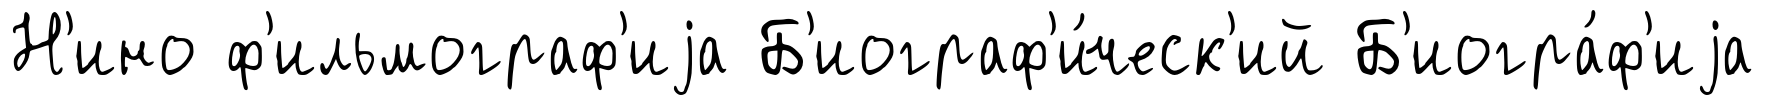
Н'ино ф'ильмограф'иjа Б'иограф'и́ческ'ий Б'иогра́ф'иjа